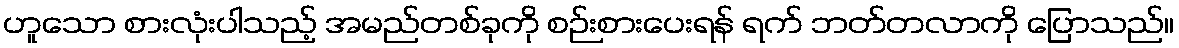
ဟူသော စားလုံးပါသည့် အမည်တစ်ခုကို စဉ်းစားပေးရန် ရက် ဘတ်တလာကို ပြောသည်။